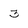
Character: 3